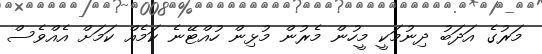
މަރުގެ އަދަބު ދިނުމަކީ މީހުން މެރުން މުޅިން ހުއްޓޭނެ ކަމެއް ކަމަށް އެއްވެސް